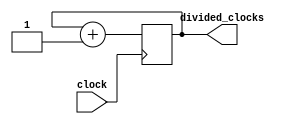
module clock_divider (clock, divided_clocks);
	 input clock;
	 output [31:0] divided_clocks;
	 reg [31:0] divided_clocks;

	 initial
	 divided_clocks = 0;

	 always @(posedge clock)
	 divided_clocks = divided_clocks + 1;
endmodule